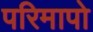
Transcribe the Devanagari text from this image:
परिमापो